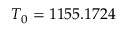
T _ { 0 } = 1 1 5 5 . 1 7 2 4